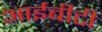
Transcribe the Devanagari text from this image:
आईबीटी